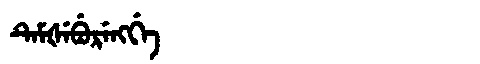
Manchu: ᡨᡝᠮᡧᡝᠪᡠᡵᡝᠩᡤᡝ
Romanization: TEMŠEBURENGGE